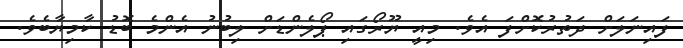
ފައިނަލަށް ދަތުރުކޮށްފަ އެވެ. މިއީ ޔޫރޯގައި ޕޯލެންޑަށް ލިބުނު އެންމެ ބޮޑު ކާމިޔާބެވެ.